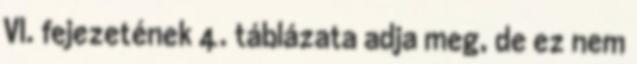
VI. fejezetének 4. táblázata adja meg, de ez nem